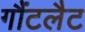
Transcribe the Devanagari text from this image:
गौंटलैट